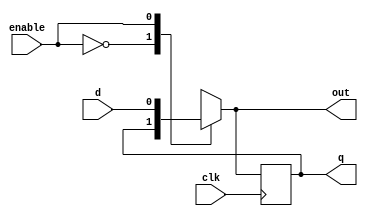


module d_flipflop( input d,input clk,input enable,output reg out,output reg q); 
   always @(*)
   begin
    case(enable)
      1'b0:out=q;
      1'b1:out=d;
    endcase
  end
    always @ (posedge clk)
     begin
       q<=out;
     end
  endmodule